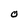
Character: 0